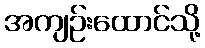
အကျဉ်းထောင်သို့